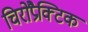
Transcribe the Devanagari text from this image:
चिरोप्रैक्टिक